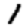
Digit: 1